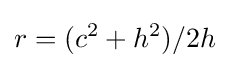
r=(c^{2}+h^{2})/2h